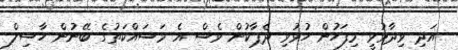
އަދި ވިދާޅުވީ މިފަހުން ހުޅުވި ދެޕާކުން ވެސް އެ މަސައްކަތުގެ ބޭނުން ހާސިލް